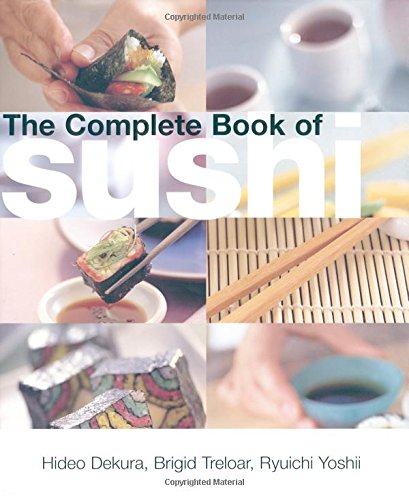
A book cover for The Complete Book of Sushi; Hideo Dekura; Cookbooks, Food & Wine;